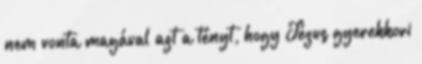
nem vonta magával azt a tényt, hogy Jézus gyerekkori